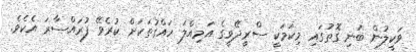
ވަކީލުން ބުނި ގޮތުގައި މިކަމަކީ ސްރީދޭވީގެ އަމިއްލަ ހައްގުތަކަށް ކުރެވޭ ފުރައްސާރަ އެކެވެ.